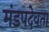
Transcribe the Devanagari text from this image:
मंडपदेवता